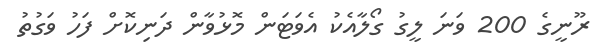
ރޫނީގެ 200 ވަނަ ލީގު ގޯލާއެކު އެވަޓަން މޮޅުވާން ދަނިކޮށް ފަހު ވަގުތު